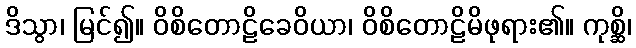
ဒိသွာ၊ မြင်၍။ ဝိစိတောဠိခေဝိယာ၊ ဝိစိတောဠိမိဖုရား၏။ ကုစ္ဆိ၊